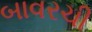
બાવરચી